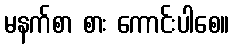
မနက်စာ စား ကောင်းပါစေ။